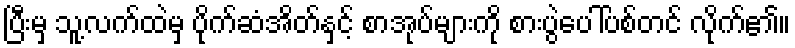
ပြီးမှ သူ့လက်ထဲမှ ပိုက်ဆံအိတ်နှင့် စာအုပ်များကို စားပွဲပေါ်ပစ်တင် လိုက်၏။